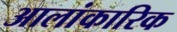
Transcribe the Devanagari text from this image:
आलांकारिक